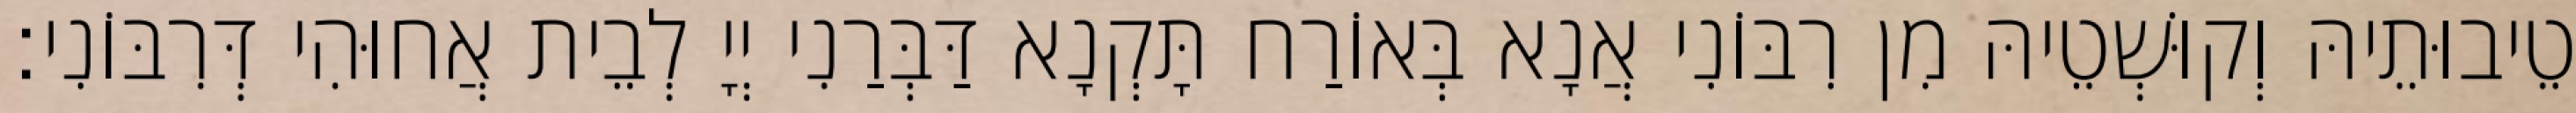
טֵיבוּתֵיהּ וְקוּשְׁטֵיהּ מִן רִבּוֹנִי אֲנָא בְּאוֹרַח תָּקְנָא דַּבְּרַנִי יְיָ לְבֵית אֲחוּהִי דְּרִבּוֹנִי׃